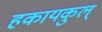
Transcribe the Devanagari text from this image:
हकायकुल्